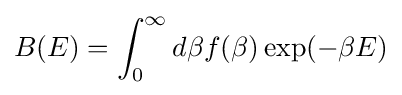
B(E)=\int _{0}^{\infty }d\beta f(\beta )\exp(-\beta E)